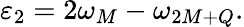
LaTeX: \varepsilon_{2}=2\omega_{M}-\omega_{2M+Q}.